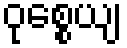
ဝုစ္စေယျ